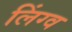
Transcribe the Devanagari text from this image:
लिंग्व